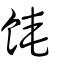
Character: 餣